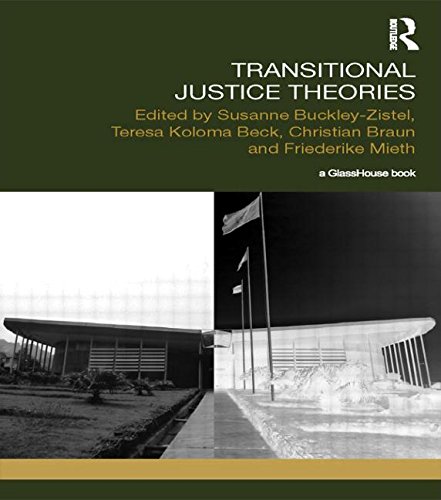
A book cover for Transitional Justice Theories; Law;